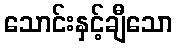
သောင်းနှင့်ချီသော